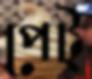
পেট্